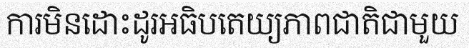
ការមិនដោះដូរអធិបតេយ្យភាពជាតិជាមួយ